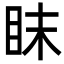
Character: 眜